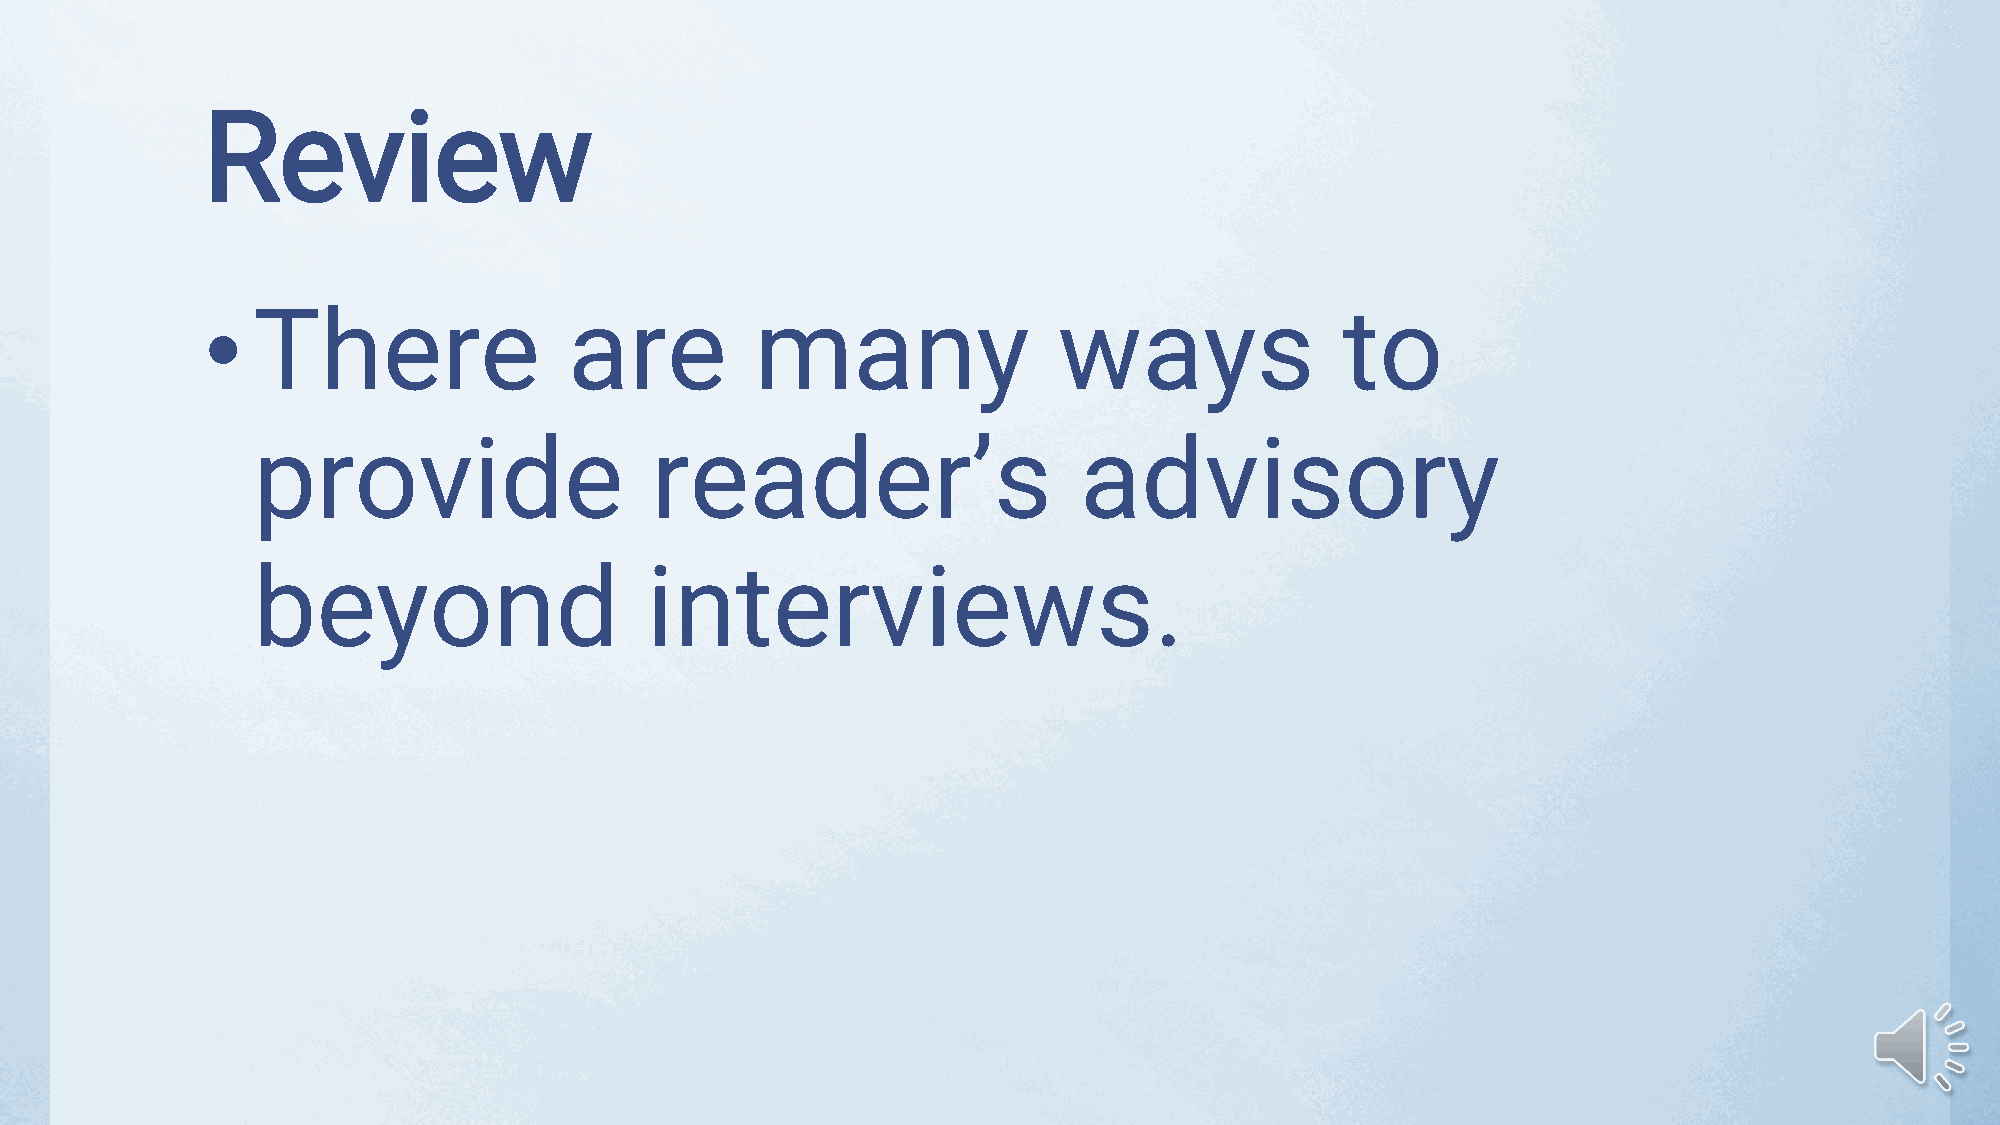
Review
 •   There                are         many                ways               to
 provide                   reader’s                    advisory
 beyond                    interviews.